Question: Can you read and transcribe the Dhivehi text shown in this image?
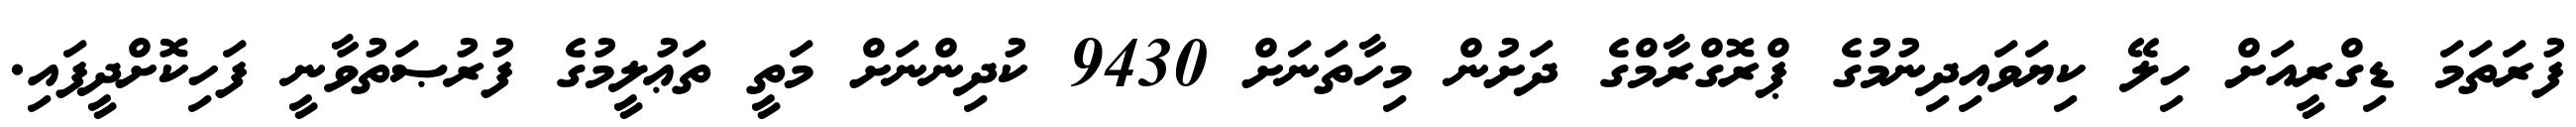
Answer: ފުރަތަމަ ޑިގްރީއަށް ހިލޭ ކިޔަވައިދިނުމުގެ ޕްރޮގްރާމްގެ ދަށުން މިހާތަނަށް 9430 ކުދިންނަށް މަތީ ތަޢުލީމުގެ ފުރުޞަތުވާނީ ފަހިކޮށްދީފައި.